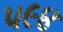
૫૯૪